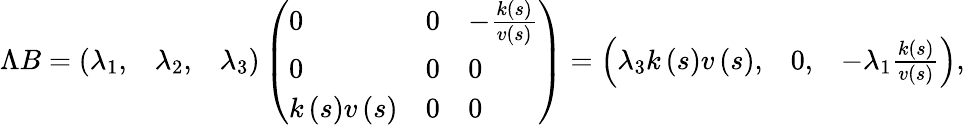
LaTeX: \Lambda B=\left(\begin{array}{lll}{\lambda_{1},}&{\lambda_{2},}&{\lambda_{3}}\end{array}\right)\left(\begin{array}{lll}{0}&{0}&{-\frac{k\left(s\right)}{v\left(s\right)}}\\ {0}&{0}&{0}\\ {k\left(s\right)v\left(s\right)}&{0}&{0}\end{array}\right)=\left(\begin{array}{lll}{\lambda_{3}k\left(s\right)v\left(s\right),}&{0,}&{-\lambda_{1}\frac{k\left(s\right)}{v\left(s\right)}}\end{array}\right),